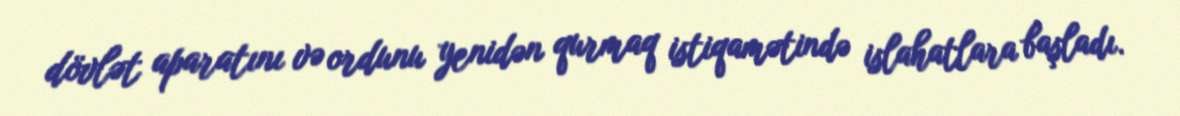
dövlət aparatını və ordunu yenidən qurmaq istiqamətində islahatlara başladı.